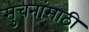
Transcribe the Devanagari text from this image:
सुचनांसाठी